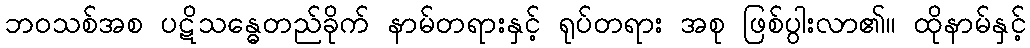
ဘဝသစ်အစ ပဋိသန္ဓေတည်ခိုက် နာမ်တရားနှင့် ရုပ်တရား အစု ဖြစ်ပွါးလာ၏။ ထိုနာမ်နှင့်